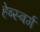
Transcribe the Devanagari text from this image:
हेब्स्बर्ग